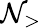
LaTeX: \mathcal{N}_{>}